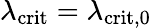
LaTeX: \lambda_{\mathrm{crit}}=\lambda_{\mathrm{crit,0}}